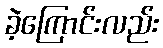
ခဲ့ကြောင်းလည်း